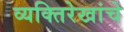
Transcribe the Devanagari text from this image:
व्यक्तिरेखांचे